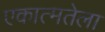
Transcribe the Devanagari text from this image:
एकात्मतेला